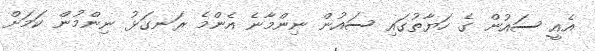
އެއީ ސައުން ގެ ހަޔާތުގައި ސައުން ނިންމާނެ އެންމެ ރަނގަޅު ނިންމުން ކަމަށް